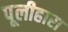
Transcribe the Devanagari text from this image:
पूलीहारा